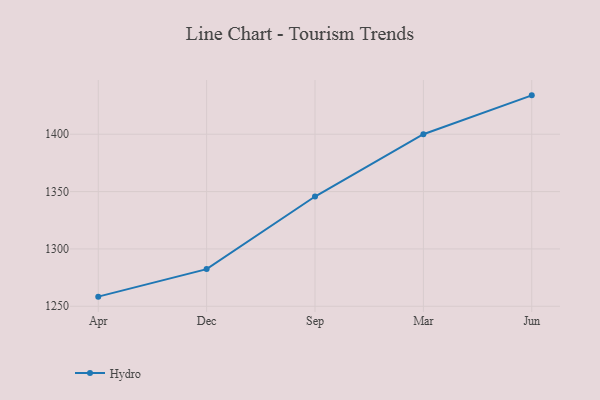
{"axis": {"x": "Month", "y": "Budget (USD K)"}, "legend": ["Hydro"], "data": [{"x": "Apr", "y": 1258.4, "type": "Hydro"}, {"x": "Dec", "y": 1282.4, "type": "Hydro"}, {"x": "Sep", "y": 1345.7, "type": "Hydro"}, {"x": "Mar", "y": 1400.0, "type": "Hydro"}, {"x": "Jun", "y": 1433.9, "type": "Hydro"}]}